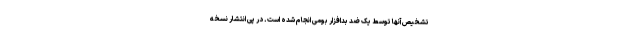
تشخیص آنها توسط یک ضد بدافزار بومی انجام شده است. در پی انتشار نسخه